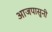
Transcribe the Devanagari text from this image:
आजपासुनी